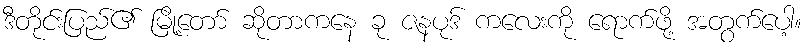
ဒီတိုင်းပြည်၏ မြို့တော် ဆိုတာကနေ ခု ဇနပုဒ် ကလေးကို ရောက်ဖို့ အတွက်ပေါ့။